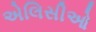
એલિસીઓ